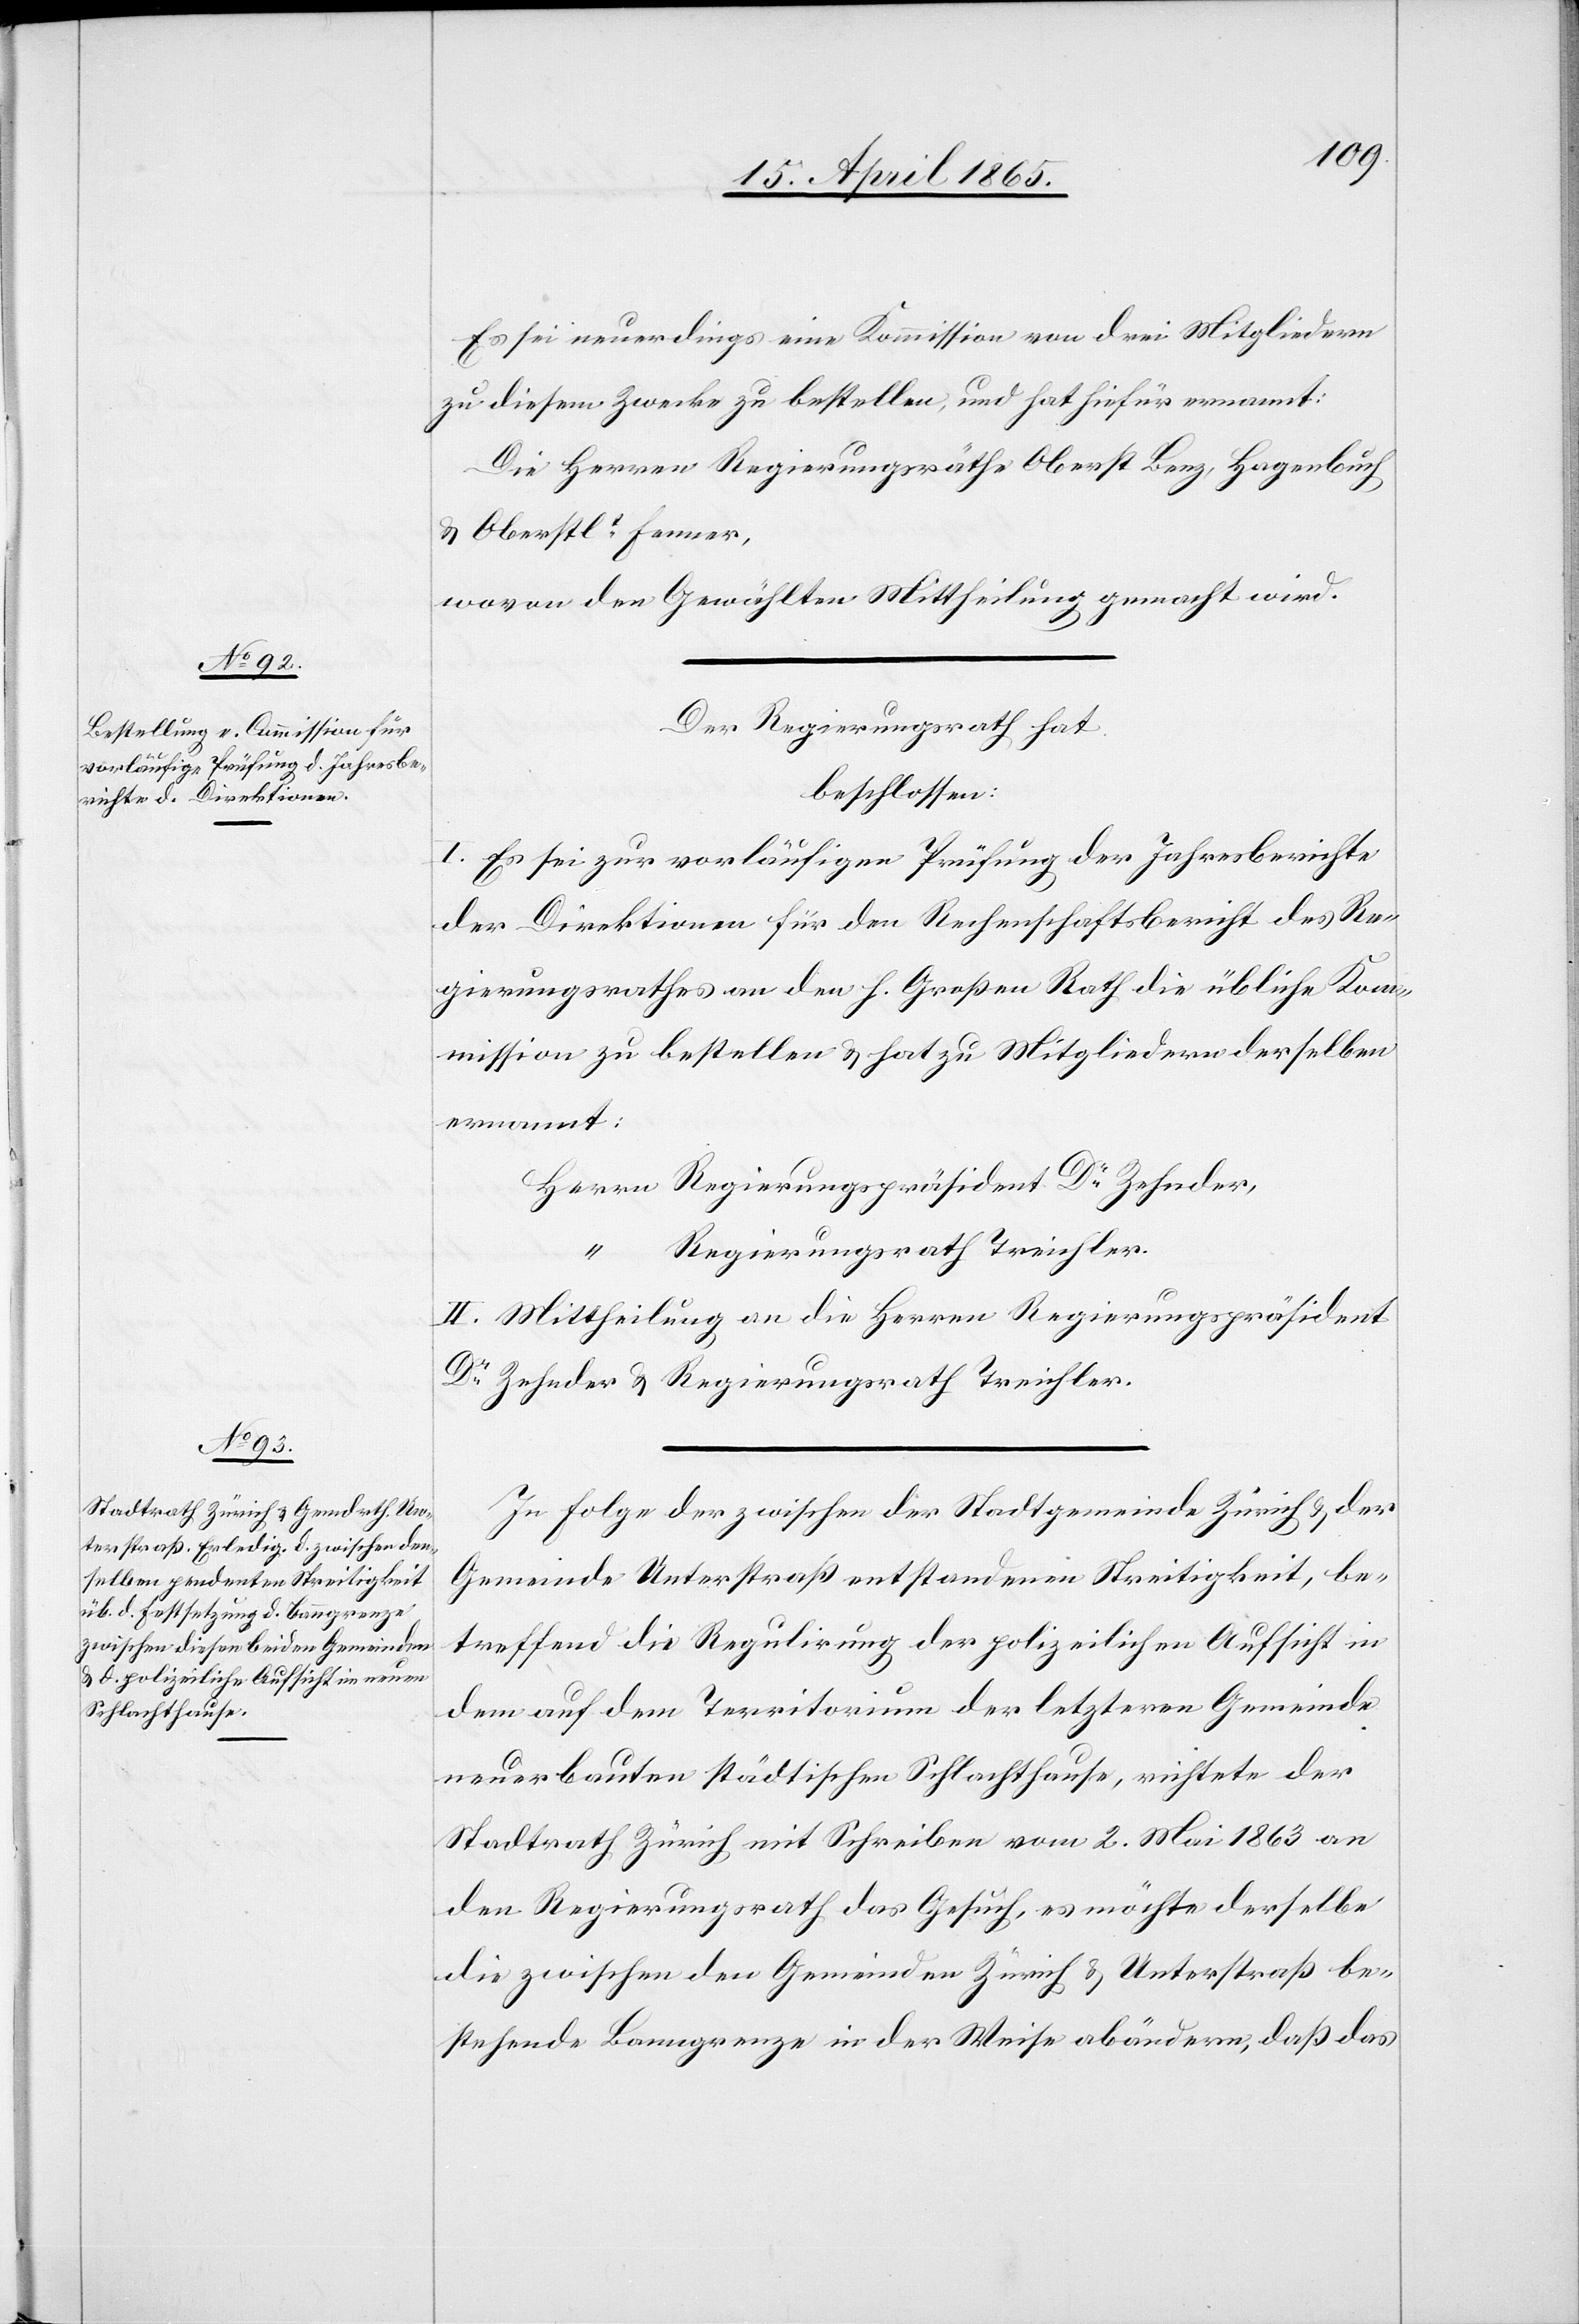
Es sei neuerdings eine Kommission von drei Mitgliedern
zu diesem Zwecke zu bestellen, und hat hiefür ernannt:
Die Herren Regierungsräthe Oberst Benz, Hagenbuch,
& Oberstlt Fenner,
wovon den Gewählten Mittheilung gemacht wird.
Der Regierungsrath hat
beschlossen:
I. Es sei zur vorläufigen Prüfung der Jahresberichte
der Direktionen für den Rechenschaftsbericht des Re¬
gierungsrathes an den h. Großen Rath die übliche Kom¬
mission zu bestellen & hat zu Mitgliedern derselben
ernannt:
Herrn Regierungspräsident Dr Zehnder,
Regierungsrath Treichler.
II. Mittheilung an die Herren Regierungspräsident
Dr Zehnder & Regierungsrath Treichler.
In Folge der zwischen der Stadtgemeinde Zürich & der
Gemeinde Unterstraß entstandenen Streitigkeit, be¬
treffend die Regulirung der polizeilichen Aufsicht in
dem auf dem Territorium der letzteren Gemeinde
neuerbauten städtischen Schlachthause, richtete der
Stadtrath Zürich mit Schreiben vom 2. Mai 1863 an
den Regierungsrath das Gesuch, es möchte derselbe
die zwischen den Gemeinden Zürich & Unterstraß be¬
stehende Banngrenze in der Weise abändern, daß das